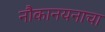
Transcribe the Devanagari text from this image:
नौकानयनाचा